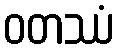
ဝတဿံ